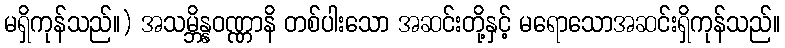
မရှိကုန်သည်။) အသမ္ဘိန္နဝဏ္ဏာနိ တစ်ပါးသော အဆင်းတို့နှင့် မရောသောအဆင်းရှိကုန်သည်။